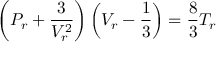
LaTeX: \left( P _ { r } + { \frac { 3 } { V _ { r } ^ { 2 } } } \right) \left( V _ { r } - { \frac { 1 } { 3 } } \right) = { \frac { 8 } { 3 } } T _ { r }